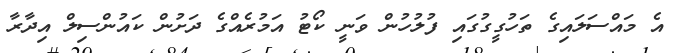
އެ މައްސަލައިގެ ތަހުގީގުގައި ފުލުހުން ވަނީ ކޯޓު އަމުރެއްގެ ދަށުން ކައުންސިލް އިދާރާ